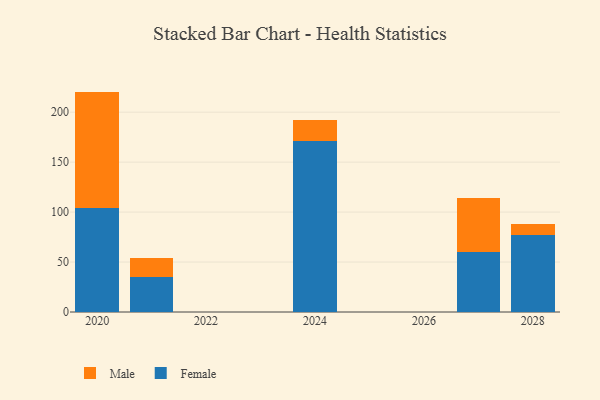
{"axis": {"x": "Year", "y": "Gross Profit (USD K)"}, "legend": ["Female", "Male"], "data": [{"x": "2024", "y": 171.4, "type": "Female"}, {"x": "2024", "y": 20.7, "type": "Male"}, {"x": "2021", "y": 35.5, "type": "Female"}, {"x": "2021", "y": 19.0, "type": "Male"}, {"x": "2028", "y": 76.7, "type": "Female"}, {"x": "2028", "y": 11.3, "type": "Male"}, {"x": "2027", "y": 59.9, "type": "Female"}, {"x": "2027", "y": 54.0, "type": "Male"}, {"x": "2020", "y": 104.4, "type": "Female"}, {"x": "2020", "y": 116.2, "type": "Male"}]}